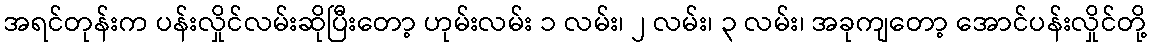
အရင်တုန်းက ပန်းလှိုင်လမ်းဆိုပြီးတော့ ဟုမ်းလမ်း ၁ လမ်း၊ ၂ လမ်း၊ ၃ လမ်း၊ အခုကျတော့ အောင်ပန်းလှိုင်တို့